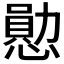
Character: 𪬩